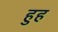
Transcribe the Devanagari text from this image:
हुह